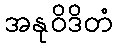
အနုဝိဒိတံ